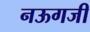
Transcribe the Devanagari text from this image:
नऊगजी